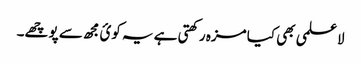
لاعلمی بھی کیا مزہ رکھتی ہے یہ کوئ مجھ سے پوچھے۔